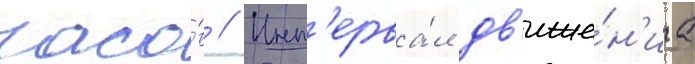
часо́в // Инт'ерва́л дв'иже́н'иа